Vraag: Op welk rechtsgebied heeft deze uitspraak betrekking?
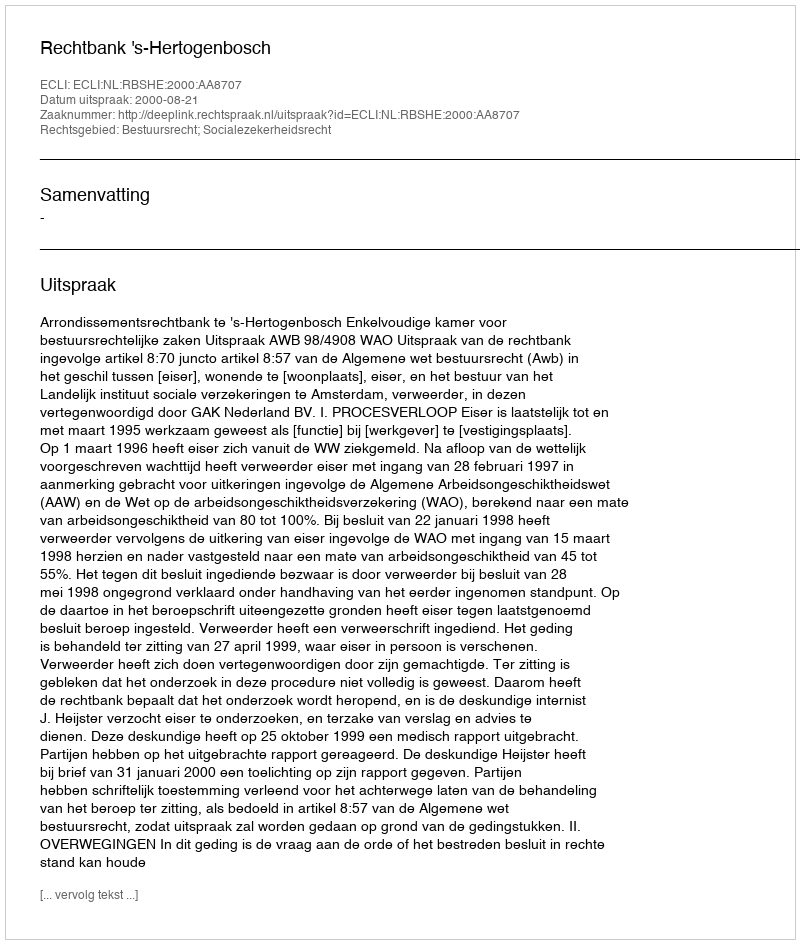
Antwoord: Bestuursrecht; Socialezekerheidsrecht